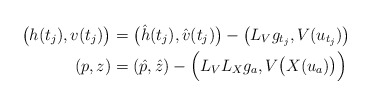
\begin{align*}\big( h(t_j), v(t_j) \big) &=\big( \hat h(t_j) , \hat v(t_j) \big) -\big (L_V g_{t_j}, V( u_{t_j} ) \big)\\(p, z) &= (\hat p, \hat z) -\Big(L_V L_X g_a, V \big(X(u_a)\big) \Big)\end{align*}